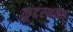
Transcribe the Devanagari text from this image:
कूटस्थवत्‌